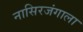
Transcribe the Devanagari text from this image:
नासिरजंगाला